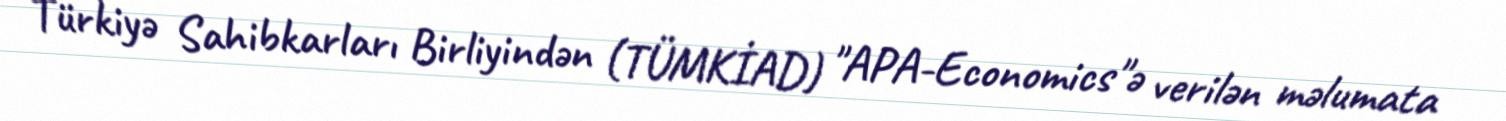
Türkiyə Sahibkarları Birliyindən (TÜMKİAD) "APA-Economics"ə verilən məlumata